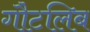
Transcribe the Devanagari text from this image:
गौटलिब